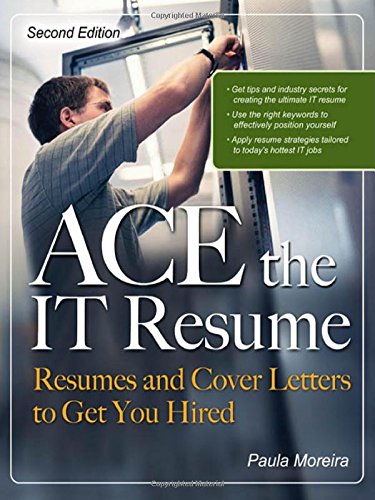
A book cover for ACE the IT Resume: Resumes and Cover Letters to Get You Hired; Paula Moreira; Business & Money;